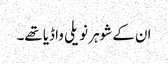
ان کے شوہر نویلی واڈیا تھے۔